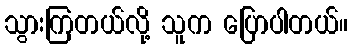
သွားကြတယ်လို့ သူက ပြောပါတယ်။